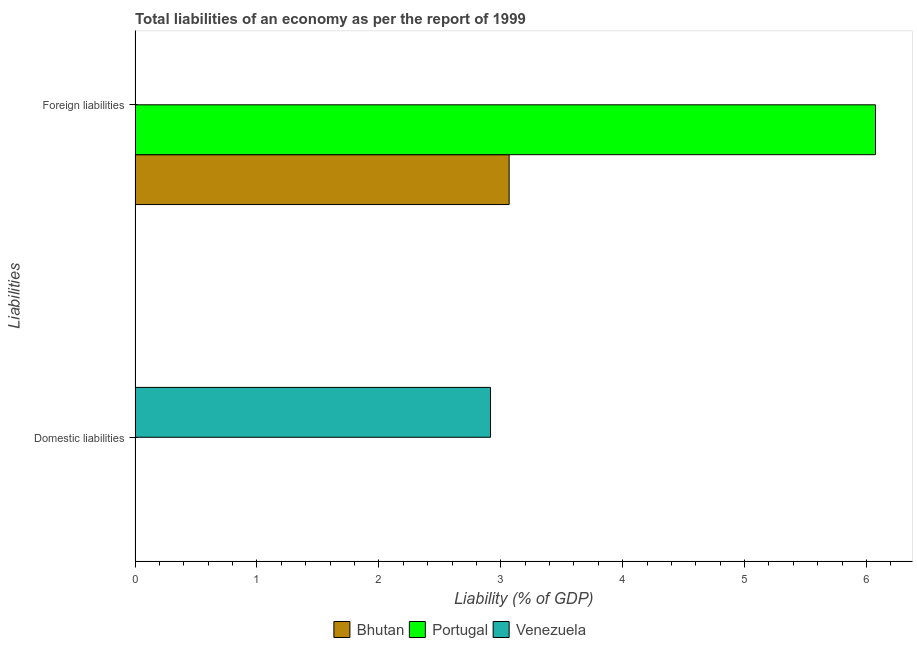
| Liabilities | Bhutan | Portugal | Venezuela |
 | --- | --- | --- | --- |
 | Domestic liabilities | -1.36 | -3 | 2.92 |
 | Foreign liabilities | 3.07 | 6.07 | -1.05 |